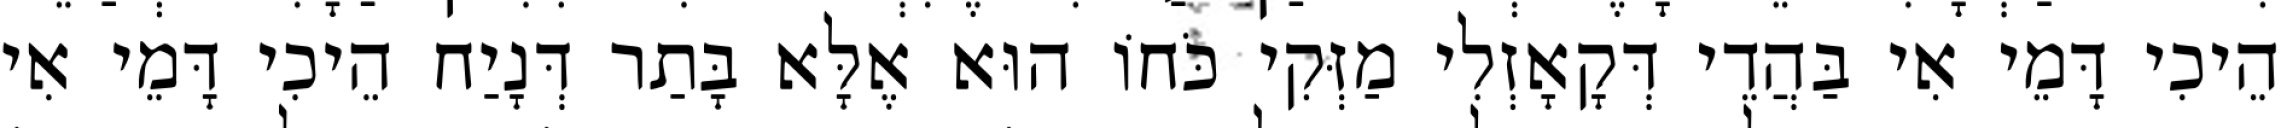
הֵיכִי דָּמֵי אִי בַּהֲדֵי דְּקָאָזְלִי מַזְּקִי כֹּחוֹ הוּא אֶלָּא בָּתַר דְּנָיַח הֵיכִי דָּמֵי אִי